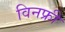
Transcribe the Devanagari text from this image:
विनफ्री